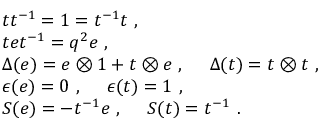
\begin{array} { r c l } { { } } & { { } } & { { t t ^ { - 1 } = 1 = t ^ { - 1 } t ~ , } } \\ { { } } & { { } } & { { t e t ^ { - 1 } = q ^ { 2 } e ~ , } } \\ { { } } & { { } } & { { \Delta ( e ) = e \otimes 1 + t \otimes e ~ , ~ ~ ~ ~ \Delta ( t ) = t \otimes t ~ , } } \\ { { } } & { { } } & { { \epsilon ( e ) = 0 ~ , ~ ~ ~ ~ \epsilon ( t ) = 1 ~ , } } \\ { { } } & { { } } & { { S ( e ) = - t ^ { - 1 } e ~ , ~ ~ ~ ~ S ( t ) = t ^ { - 1 } ~ . } } \end{array}